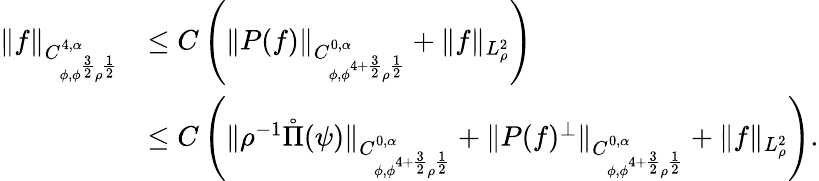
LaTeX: \begin{array}{rl}{\| f\| _{C_{\phi,\phi^{\frac{3}{2}}\rho^{\frac{1}{2}}}^{4,\alpha}}}&{\leq C\left(\| P(f)\| _{C_{\phi,\phi^{4+\frac{3}{2}}\rho^{\frac{1}{2}}}^{0,\alpha}}+\| f\| _{L_{\rho}^{2}}\right)}\\ &{\leq C\left(\| \rho^{-1}\mathring\Pi(\psi)\| _{C_{\phi,\phi^{4+\frac{3}{2}}\rho^{\frac{1}{2}}}^{0,\alpha}}+\| P(f)^{\perp}\| _{C_{\phi,\phi^{4+\frac{3}{2}}\rho^{\frac{1}{2}}}^{0,\alpha}}+\| f\| _{L_{\rho}^{2}}\right).}\end{array}